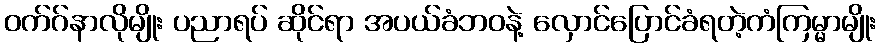
ဝက်ဂ်နာလိုမျိုး ပညာရပ် ဆိုင်ရာ အပယ်ခံဘဝနဲ့ လှောင်ပြောင်ခံရတဲ့ကံကြမ္မာမျိုး